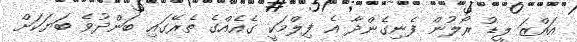
އައްޒަ ލީޑު ރޯލުން ފެނިގެންދާ އެ ފިލްމަކީ ގެއެއްގެ ތެރޭގައި ބަންދުވެ ބަޔަކަށް